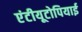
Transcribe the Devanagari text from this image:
एंटीयूटोपियाई